Vital statistics of India. Vol. IV, Annual returns from 1871 to 1876. British Army of India, Native Army and jails of Bengal
Year: 1871
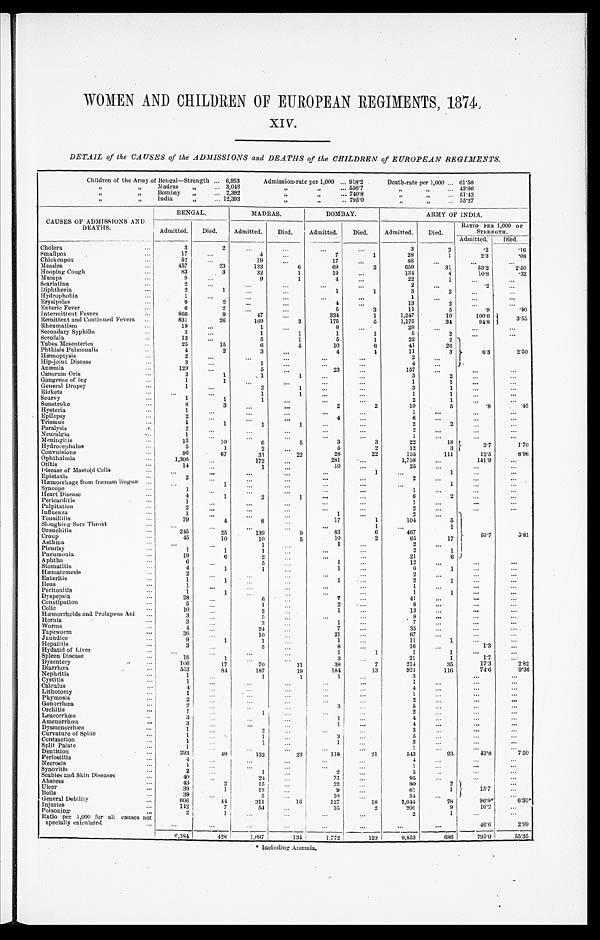
WOMEN AND CHILDREN OF EUROPEAN REGIMENTS, 1874
.
XIV.
DETAIL of the CAUSES of the ADMISSIONS and DEATHS of the CHILDREN of EUROPEAN REGIMENTS.
Children of the Army of Bengal—Strength . . . 6,953
Admission-rate per 1,000 . . . 918.2
Death-rate per 1,000 . . . 61.56
" " Madras " . . . 3,048
" " . . . 556.7
" " . . . 43.96
" " B o m b a y " . . . 2,392
" " . . . 740.8
" " . . . 51.42
" " I n d i a " . . .
12,393
" " . . . 795.0
" " . . . 55.27
CAUSES OF ADMISSIONS AND
DEATHS.
BENGAL.
MADRAS.
BOMBAY.
ARMY OF INDIA.
Admitted.
Died.
Admitted.
Died.
Admitted.
Died.
Admitted.
Died.
RATIO PER 1,000 OF
STRENGTH.
Admitted.
Died.
Cholera . . .
3
2
. . .
. . .
. . .
. . .
3
2
.2
.16
Smallpox . . .
17
. . .
4
. . .
7
1
28
1
2.3
.08
Chickenpox . . .
52
. . .
19
. . .
17
. . .
88
. . .
. . .
. . .
Measles . . .
457
23
133
6
69
2
659
31
5 3 . 2
2 . 5 0
Hooping Cough . . .
83
3
32
1
19
. . .
134
4
10.8
.32
Mumps . . .
9
. . .
9
1
4
. . .
22
1
. . .
. . .
Scarlatina . . .
2
. . .
. . .
. . .
. . .
. . .
2
. . .
.2
. . .
Diphtheria . . .
2
1
. . .
. . .
1
1
3
2
. . .
. . .
Hydrophobia . . .
1
. . .
. . .
. . .
. . .
. . .
1
. . .
. . .
. . .
Erysipelas . . .
9
2
. . .
. . .
4
. . .
13
2
. . .
. . .
Enteric Fever . . .
6
2
. . .
. . .
5
3
11
5
.9
.40
Intermittent Fevers . . .
866
9
47
. . .
334
1
1,247
10
100.6
3.5 5
Remittent and Continued Fevers . . .
831
26
169
3
175
5
1,175
34
94.8
Rheumatism . . .
19
. . .
1
. . .
8
. . .
28
. . .
. . .
. . .
Secondary Syphilis . . .
3
. . .
1
1
1
1
5
2
. . .
. . .
Serofula . . .
12
. . .
5
1
5
1
22
2 6 . 3
2.50
Tabes Mesenterica . . .
25
15
6
5
10
6
41
26
Phthisis Pulmonalis . . .
4
2
3
. . .
4
1
11
3
Hæmoptysis . . .
2
. . .
. . .
. . .
. . .
. . .
2
. . .
Hip-joint Disease . . .
3
. . .
1
. . .
. . .
. . .
4
. . .
Anæmia . . .
129
. . .
5
. . .
23
. . .
157 . . .
. . .
. . .
Cancrum Oris . . .
2
1
1
1
. . .
. . .
3
2
. . .
. . .
Gangrene of leg . . .
1
1
. . .
. . .
. . .
. . .
1
1
. . .
. . .
General Dropsy . . .
1
. . .
2
1
. . .
. . .
3
1
. . .
. . .
Rickets . . .
. . .
. . .
1
1
. . .
. . .
1
1
. . .
. . .
Scurvy . . .
1
1
1
. . .
. . .
. . .
2
1
. . .
. . .
Sunstroke . . .
8
3
. . .
. . .
2
2
10
5
.8
.40
Hysteria . . .
1
. . .
. . . . . .
. . .
. . .
1
. . .
. . .
. . .
Epilepsy . . .
2
. . .
. . . . . .
4
. . .
6
. . .
. . .
. . .
Trismus . . .
1
1
1
1
. . .
. . .
2
2
. . .
. . .
Paralysis . . .
2
. . .
. . .
. . .
. . .
. . .
2
. . .
. . .
. . .
Neuralgia . . .
1
. . .
. . .
. . .
. . .
. . .
1
. . .
. . .
. . .
Meningitis . . .
13
10
6
5
3
3
22
18
2 . 7
1.70
Hydrocephalus . . .
5
1
2
. . .
5
2
12
3
Convulsions . . .
96
67
31
22
28
22
155
111
12.5
8.96
Ophthalmia . . .
1,305
. . .
172
. . .
281
. . .
1,758
. . .
141.9
. . .
Otitis . . .
14
. . .
1 . . .
10
. . .
25
. . .
. . .
. . .
Disease of Mastoid Cells . . .
. . .
. . .
. . .
. . .
. . .
1
. . .
1
. . .
. . .
Epistaxis . . .
2
. . .
. . .
. . .
. . .
. . .
2
. . .
. . .
. . .
Hæmorrhage from frænum linguæ . . .
. . .
1
. . .
. . .
. . .
. . .
. . .
1
. . .
. . .
Syncope . . .
1
. . .
. . .
. . .
. . .
. . .
1
. . .
. . .
. . .
Heart Disease . . .
4
1
2
1
. . .
. . .
6
2
. . .
. . .
Pericarditis . . .
1
. . .
. . .
. . .
. . .
. . .
1
. . .
. . .
. . .
Palpitation . . .
2
. . .
. . . . . .
. . .
. . .
2
. . .
. . .
. . .
Influenza . . .
1
. . .
. . .
. . .
1
. . .
2
. . .
53 .7
3.81
Tonsillitis . . .
79
4
8
. . .
17
1
104
5
Sloughing Sore Throat . . .
. . .
. . .
. . .
. . .
. . .
1
. . .
1
Bronchitis . . .
245
25
139
9
83
6
467
Croup . . .
45
10
10
5
10
2
65
17
Asthma . . .
. . .
. . .
1
. . .
1 . . .
2
. . .
Pleurisy . . .
1
1
1
. . .
. . .
. . .
2
1
Pneumonia . . .
19
6
2
. . .
. . .
. . .
21
6
Aphtha . . .
6
. . .
5
. . .
1
. . .
12
. . .
. . .
. . .
Stomatitis . . .
4
1
1
. . .
1
. . .
6
1
. . .
. . .
Hæmatemesis . . .
2
. . .
. . .
. . .
. . .
. . .
2
. . .
. . .
. . .
Enteritis . . .
1
1
. . .
. . .
1
. . .
2
1
. . .
. . .
Ileus . . .
1
. . .
. . .
. . .
. . .
. . .
1
. . .
. . .
. . .
Peritonitis . . .
1
1
. . .
. . .
. . .
. . .
1
1
. . .
. . .
Dyspepsia . . .
28
. . .
6
. . .
7
. . .
41
. . .
. . .
. . .
Constipation . . .
5
. . .
1 . . .
2
. . .
8 . . .
. . .
. . .
Colic . . .
10
. . .
2
. . .
1
. . .
13 . . .
. . .
. . .
Hæmorrhoids and Prolapsus Ani . . .
3
. . .
5
. . .
. . .
. . .
8 . . .
. . .
. . .
Hernia . . .
3
. . .
3 . . .
1
. . .
7 . . .
. . .
. . .
Worms . . .
4
. . .
24
. . .
7
. . .
35
. . .
. . .
. . .
Tapeworm . . .
36
. . .
10 . . .
2 1
. . .
67
. . .
. . . . . .
Jaundice . . .
9
1
1 . . .
1
. . .
1 1
1
. . .. . .
Hepatitis . . .
3
. . .
5
. . .
8
. . .
16
. . .
1.3
. . .
Hydatid of Liver . . .
. . .
. . .
. . .
. . .
1
1
1
1
. . .
. . .
Spleen Disease . . .
18
1
. . .
. . .
3
. . .
21
1 1.7
. . .
Dysentery . . .
106
17
70
11
38
7
214
35
17.3
2.82
Diarrhœa . . .
553
84
187
19
184
13
924
116
74.6
9.36
Nephritis . . .
1
. . .
1
1
1
. . .
3
. . .
. . .
Cystitis . . .
1
. . .
. . .
. . .
. . .
. . .
1
. . .
. . .
. . .
Calculus . . .
4
. . .
. . .
. . .
. . .
. . .
4
. . .
. . .
. . .
Lithotomy . . .
1
. . .
. . .
. . .
. . .
. . .
1 . . .
. . .
. . .
Phymosis . . .
2
. . .
. . .
. . .
. . .
. . .
2 . . .
. . .
. . .
Gonorrhœa . . .
2
. . .
. . .
. . .
3
. . .
5
. . .
. . .
. . .
Orchitis . . .
1
. . .
1
. . .
. . .
. . .
2
. . .
. . .
. . .
Leucorrhœa . . .
3
. . .
. . .
. . .
1
. . .
4
. . .
. . .
. . .
Amenorrhœa . . .
3
. . .
. . .
. . .
1
. . .
4
. . .
. . .
. . .
Dysmenorrhæa . . .
1
. . .
2
. . .
. . .
. . .
3 . . .
. . .
. . .
Curvature of Spine . . .
1
. . .
1
. . .
3
. . .
5
. . .
. . .
. . .
Contraction . . .
1
. . .
1
. . .
1
. . .
3
. . .
. . .
. . .
Split Palate . . .
1
. . .
. . .
. . .
. . .
. . .
1
. . .
. . .
. . .
Dentition . . .
293
49
132
23
118
21
543
93
43.8
7 . 5 0
Periostitis . . .
4
. . .
. . .
. . .
. . .
. . .
4
. . .
. . .
. . .
Necrosis . . .
4
. . .
. . .
. . .
. . .
. . .
1 . . .
. . .
. . .
Synovitis . . .
2
. . .
1
. . .
2
. . .
5 . . .
. . .
. . .
Scabies and Skin Diseases . . .
4 0
. . .
24
. . .
3 1
. . .
95
. . .
. . .
. . .
Abscess . . .
43
2
15
. . .
2 2
. . .
80
2
15.7
Ulcer . . .
39
1
13
. . .
9
. . .
61
1
. . .
Boils . . .
3 9
. . .
5
. . .
10
. . .
54
. . .
General Debility. . .
606
44
3 1 1
16
127
18
1 , 0 4 4
78
9 6 . 9 *
6 . 3 0 *
Injuries . . .
112
7
54
. . .
35
2
201
9
16.2
. . .
Poisoning . . .
2
1
. . .
. . .
. . .
. . .
2
1
. . .
. . .
Ratio per 1,000 for all causes not
specially calculated . . .
. . .
. . .
. . .
. . .
. . .
. . .
. . .
. . .
46.6
2.99
6,384
428
1,697
134
1,772
123
9,853
686
795.0
55.35
* Including Anæmia.